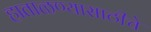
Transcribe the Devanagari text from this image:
हाताळण्यासाठीचे